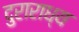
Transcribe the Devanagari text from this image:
दुराराध्य